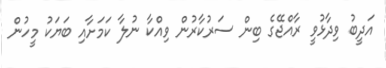
އަދީބު ވިދާޅުވީ ރާއްޖޭގެ ބިން ސަރުކާރުން ވިއްކާ ނުލާ ކަމަށާއި ބަޔަކު މީހުން